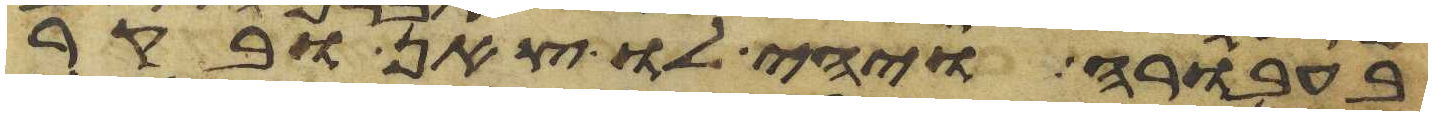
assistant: בעבורה ויהי לו צאן ובקר